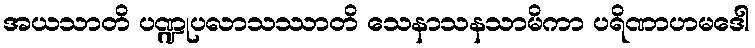
အယသာတိ ပဏ္ဍုပလာသဿာတိ သေနာသနသာမိကာ ပရိဏာဟမဒေါ